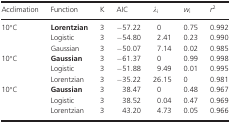
<table><thead><tr><td><b>Acclimation</b></td><td><b>Function</b></td><td><b>K</b></td><td><b>AIC</b></td><td><b><i>λ</i><sub>i</sub></b></td><td><b><i>w</i><sub>i</sub></b></td><td><b><i>r</i><sup>2</sup></b></td></tr></thead><tbody><tr><td rowspan="3">10°C</td><td><b>Lorentzian</b></td><td>3</td><td>−57.22</td><td>0</td><td>0.75</td><td>0.992</td></tr><tr><td>Logistic</td><td>3</td><td>−54.80</td><td>2.41</td><td>0.23</td><td>0.990</td></tr><tr><td>Gaussian</td><td>3</td><td>−50.07</td><td>7.14</td><td>0.02</td><td>0.985</td></tr><tr><td rowspan="3">10°C</td><td><b>Gaussian</b></td><td>3</td><td>−61.37</td><td>0</td><td>0.99</td><td>0.998</td></tr><tr><td>Logistic</td><td>3</td><td>−51.88</td><td>9.49</td><td>0.01</td><td>0.995</td></tr><tr><td>Lorentzian</td><td>3</td><td>−35.22</td><td>26.15</td><td>0</td><td>0.981</td></tr><tr><td rowspan="3">10°C</td><td><b>Gaussian</b></td><td>3</td><td>38.47</td><td>0</td><td>0.48</td><td>0.967</td></tr><tr><td>Logistic</td><td>3</td><td>38.52</td><td>0.04</td><td>0.47</td><td>0.969</td></tr><tr><td>Lorentzian</td><td>3</td><td>43.20</td><td>4.73</td><td>0.05</td><td>0.966</td></tr></tbody></table>